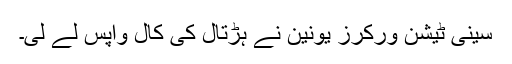
سینی ٹیشن ورکرز یونین نے ہڑتال کی کال واپس لے لی۔